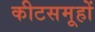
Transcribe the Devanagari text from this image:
कीटसमूहों